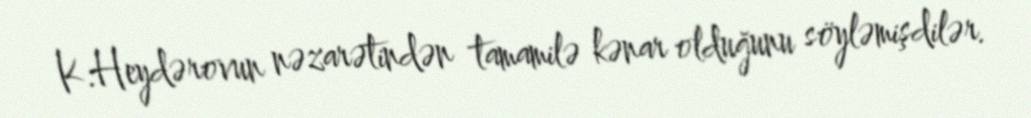
K.Heydərovun nəzarətindən tamamilə kənar olduğunu söyləmişdilər.